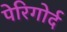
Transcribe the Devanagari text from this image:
पेरिगोर्द